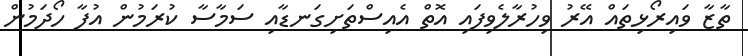
ތާޒާ ވައިރޯޅިތައް އޭރު ވިހުރާލެވިފައި އޮތް އެއިސްތަށިގަނޑާއި ސަމާސާ ކުރަމުން އުފާ ހޯދަމުން